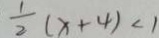
\frac { 1 } { 2 } ( x + 4 ) < 1